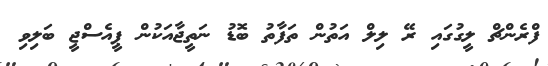
ފްރެންޗް ލީގުގައި ރޭ ލިލް އަތުން ތަފާތު ބޮޑު ނަތީޖާއަކުން ޕީއެސްޖީ ބަލިވި